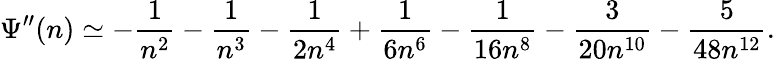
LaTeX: \Psi^{\prime\prime}(n)\simeq-\frac{1}{n^{2}}-\frac{1}{n^{3}}-\frac{1}{2n^{4}}+\frac{1}{6n^{6}}-\frac{1}{16n^{8}}-\frac{3}{20n^{10}}-\frac{5}{48n^{12}}.